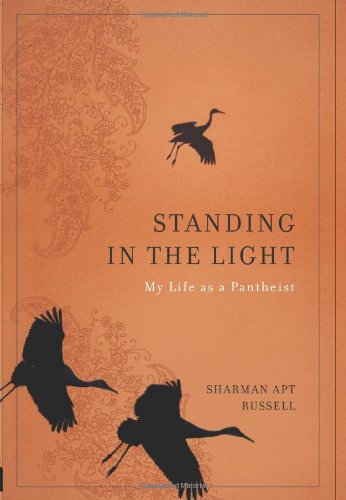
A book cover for Standing in the Light: My Life as a Pantheist; Sharman Apt Russell; Religion & Spirituality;